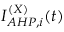
I _ { A H P , i } ^ { ( X ) } ( t )